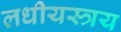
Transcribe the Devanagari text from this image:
लधीयस्त्रय